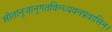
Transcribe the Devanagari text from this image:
सीतानुजानुगतविन्ध्यवनप्रवासिन्।